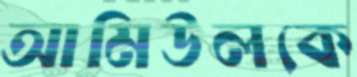
আমিউলকে